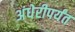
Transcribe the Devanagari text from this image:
अंधेरीपर्यंत